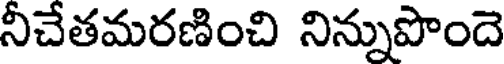
నీచేతమరణించి నిన్నుపొందె